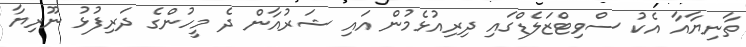
ތާނިޔާއާ އެކު ސްވިޓްޒަލެޑްގައި ދިރިއުޅެމުން އައި ޝަރުއާން ދެ މީހުންގެ ދަރިފުޅު ނޫރިޔާ